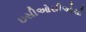
ઇસીઓસીઓસી